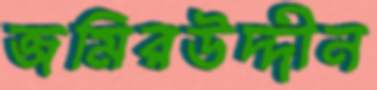
জমিরউদ্দীন